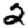
Digit: 2